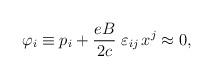
LaTeX: \begin{align*}\varphi _{i}\equiv p_{i}+\frac{eB}{2c}\;\varepsilon _{ij}\,x^{j}\approx 0,\end{align*}